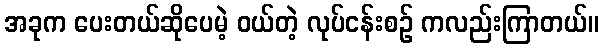
အခုက ပေးတယ်ဆိုပေမဲ့ ဝယ်တဲ့ လုပ်ငန်းစဉ် ကလည်းကြာတယ်။